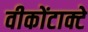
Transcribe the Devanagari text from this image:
वीकोंटाक्टे